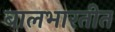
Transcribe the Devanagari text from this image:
बालभारतीत